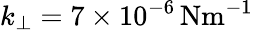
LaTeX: k_{\perp}=7\times 10^{-6}\, \mathrm{{Nm^{-1}}}